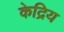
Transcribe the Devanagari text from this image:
केद्रिय